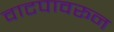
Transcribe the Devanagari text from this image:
वाटपावरून